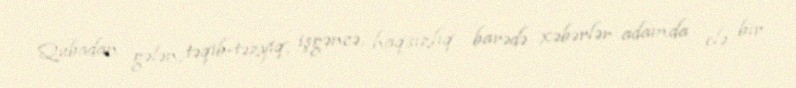
Qubadan gələn, təqib-təzyiq, işgəncə, haqsızlıq barədə xəbərlər adamda elə bir